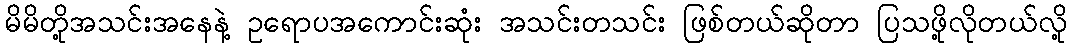
မိမိတို့အသင်းအနေနဲ့ ဥရောပအကောင်းဆုံး အသင်းတသင်း ဖြစ်တယ်ဆိုတာ ပြသဖို့လိုတယ်လို့